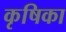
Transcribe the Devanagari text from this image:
कृषिका